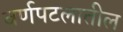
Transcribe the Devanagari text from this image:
वर्णपटलातील